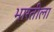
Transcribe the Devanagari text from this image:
भारतीला